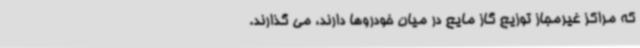
که مراکز غیرمجاز توزیع گاز مایع در میان خودروها دارند، می گذارند.